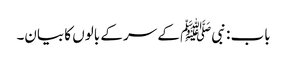
باب : نبیﷺ کے سر کے بالوں کا بیان۔